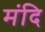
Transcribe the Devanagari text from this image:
मंदि